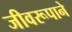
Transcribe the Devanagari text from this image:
जीवरूपाने